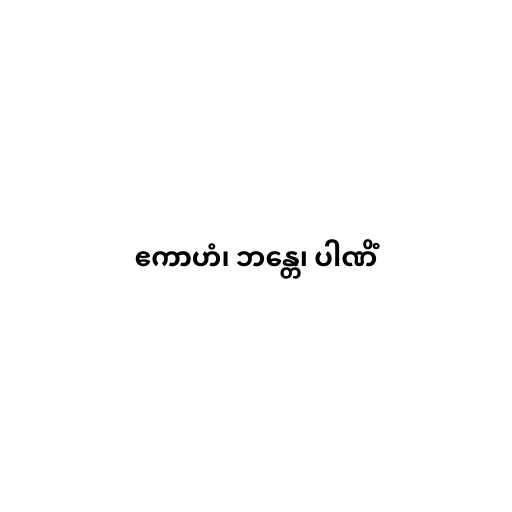
ဧကာဟံ၊ ဘန္တေ၊ ပါဏိံ